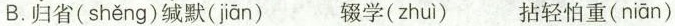
B.\underset{·}{归}省( shěng )\underset{·}{缄}默( jiān ) \underset{·}{辍}学( zhuì ) \underset{·}{拈}轻怕重( niān